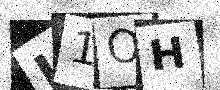
Text: J1OH